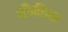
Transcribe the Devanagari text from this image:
शौकीन्स